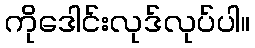
ကိုဒေါင်းလုဒ်လုပ်ပါ။